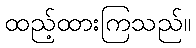
ထည့်ထားကြသည်။